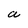
Character: a